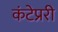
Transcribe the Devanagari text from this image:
कंटेप्ररी